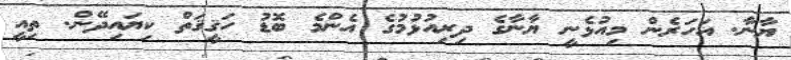
ޔާނާ. އަހަރެން މިއުޅެނީ ޔާނާގެ ދިރިއުޅުމުގެ އެންމެ ބޮޑު ހަޤީޤަތް ކިޔައިދޭން. ތިއީ